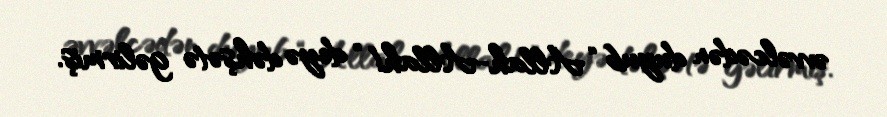
əvvəlcədən duyub “Allah-Allah!” deyə dəhşətə gəlirmiş.